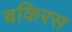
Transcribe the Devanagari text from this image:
बकिरस